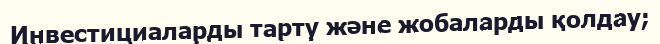
Инвестициаларды тарту және жобаларды қолдау;